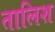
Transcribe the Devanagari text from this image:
तालिश